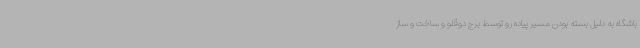
باشگاه به دلیل بسته بودن مسیر پیاده رو توسط برج دوقلو و ساخت و ساز